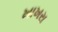
ખાખરા